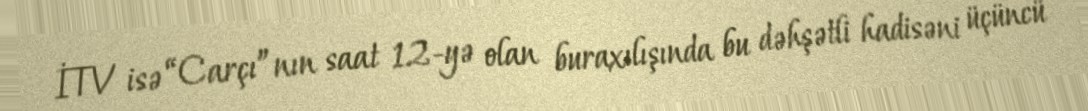
İTV isə “Carçı”nın saat 12-yə olan buraxılışında bu dəhşətli hadisəni üçüncü